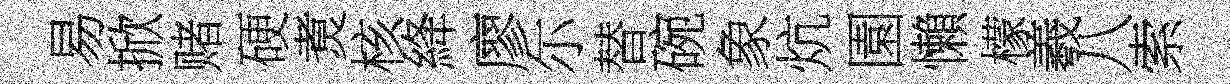
易掀赌硬煑核絳廖尓替碗象炕園懶檬羲八索